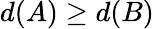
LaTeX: d(A)\geq d(B)